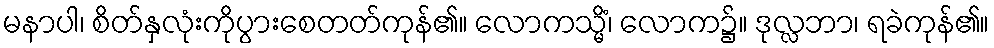
မနာပါ၊ စိတ်နှလုံးကိုပွားစေတတ်ကုန်၏။ လောကသ္မိံ၊ လောက၌။ ဒုလ္လဘာ၊ ရခဲကုန်၏။